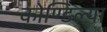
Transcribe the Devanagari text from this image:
कोण्डिल्या